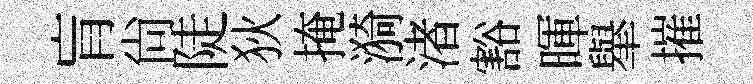
肓尙陡狄掩漪渚豁暉𦦙摧